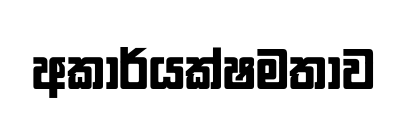
අකාර්යක්ෂමතාව